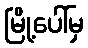
မြို့ပေါ်မှ